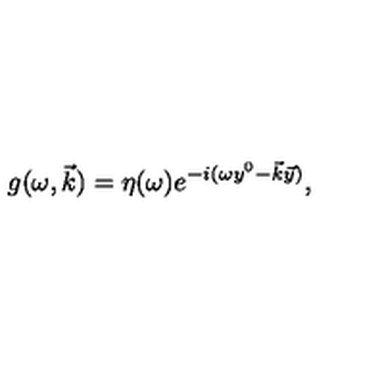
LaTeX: g ( \omega , \vec { k } ) = \eta ( \omega ) e ^ { - i ( \omega y ^ { 0 } - \vec { k } \vec { y } ) } ,